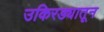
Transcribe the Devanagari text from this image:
उकिरड्यातून